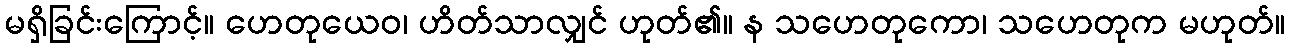
မရှိခြင်းကြောင့်။ ဟေတုယေဝ၊ ဟိတ်သာလျှင် ဟုတ်၏။ န သဟေတုကော၊ သဟေတုက မဟုတ်။